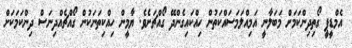
އެމްޑީޕީ ގޯތިދިންކަމަށް މަބަލާނީ އަމިއްލަމަސައްކަތުން ހިއްކައިގެންދޭ ގޯއްޗަށެވެ. ޔާމީން ހިއްކިތަނަކުން ގޯއްޗެއްދިނަސް ދިންކަމަކަށް